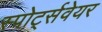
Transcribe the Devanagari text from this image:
स्पोर्ट्सवेयर